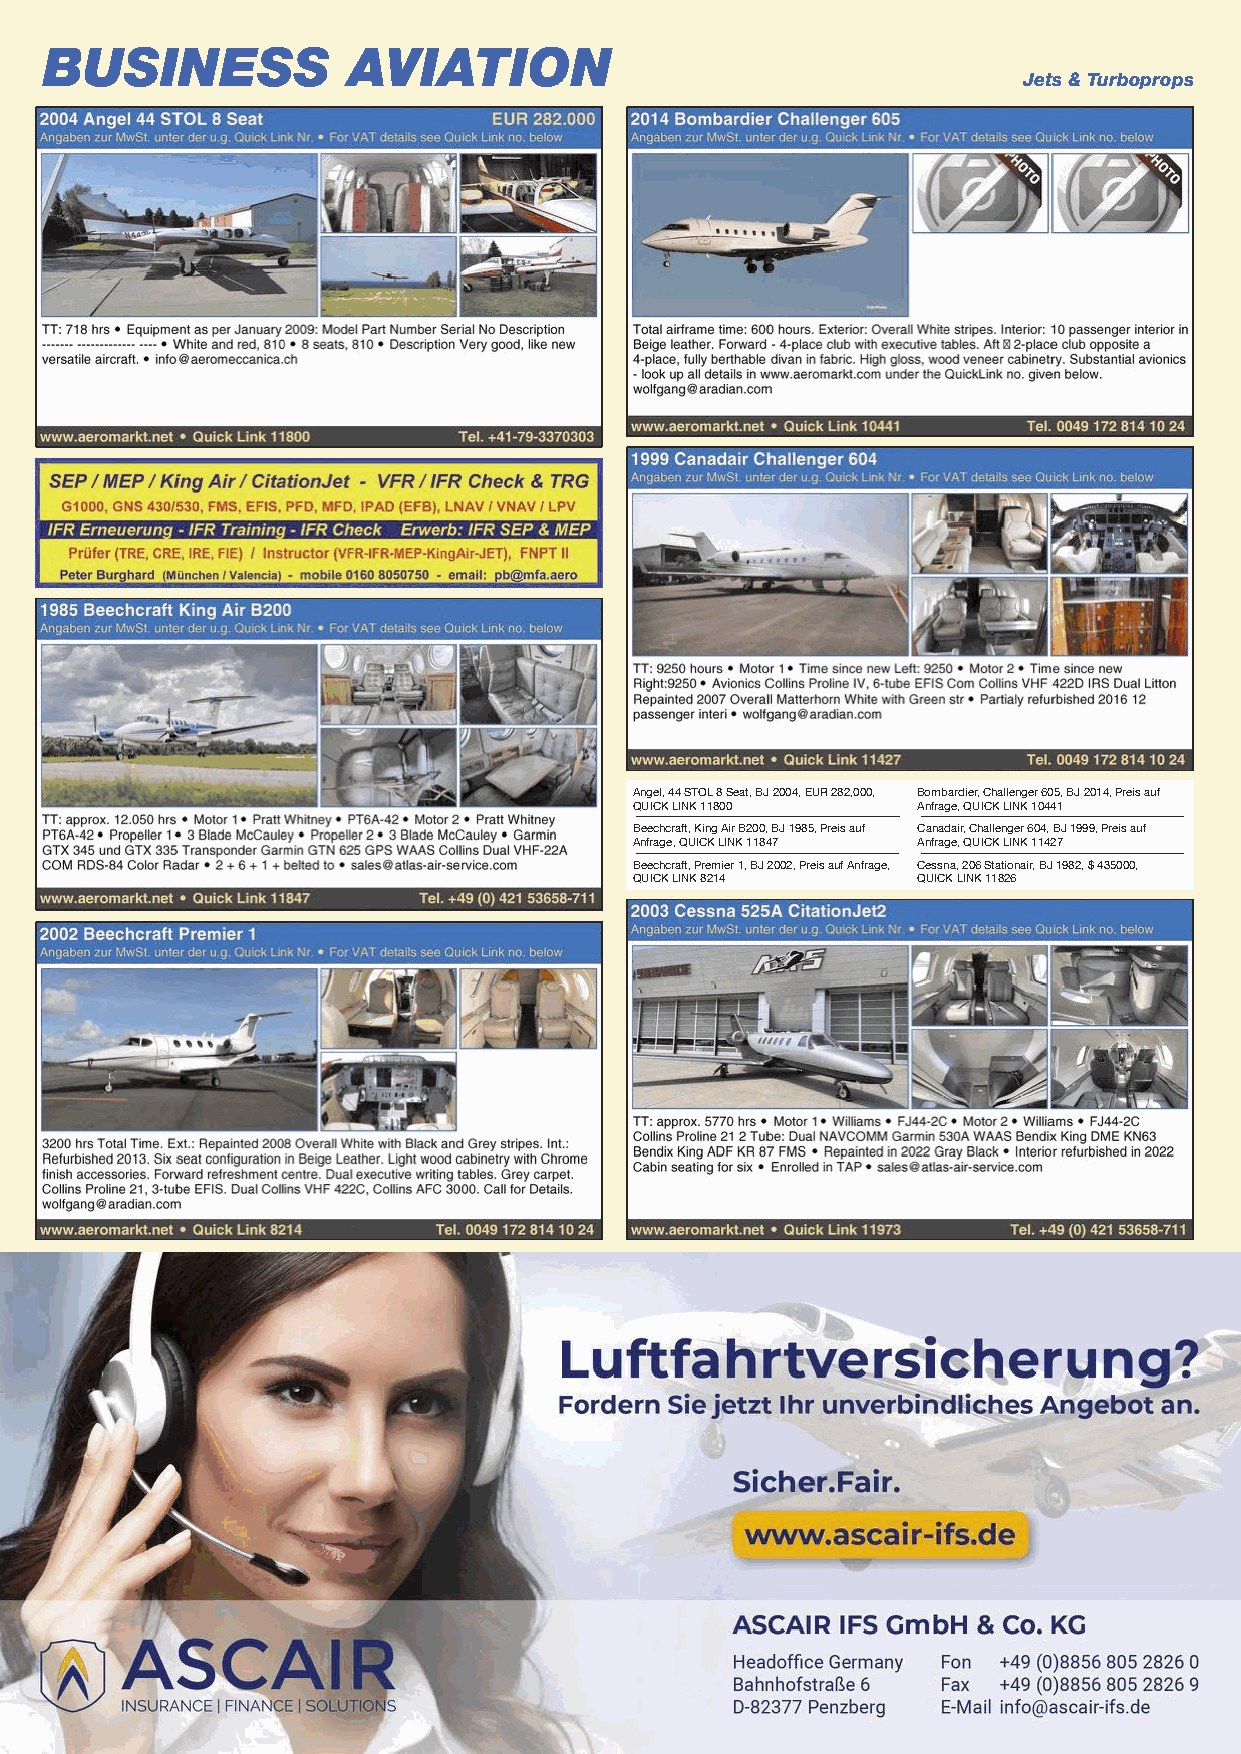
BUSINESS            AVIATION
 Jets & Turboprops
 Angel, 44 STOL 8 Seat, BJ 2004, EUR 282,000, Bombardier, Challenger 605, BJ 2014, Preis auf
 QUICK LINK 11800   Anfrage, QUICK LINK 10441
 Beechcraft, King Air B200, BJ 1985, Preis auf Canadair, Challenger 604, BJ 1999, Preis auf
 Anfrage, QUICK LINK 11847 Anfrage, QUICK LINK 11427
 Beechcraft, Premier 1, BJ 2002, Preis auf Anfrage, Cessna, 206 Stationair, BJ 1982, $ 435000,
 QUICK LINK 8214    QUICK LINK 11826